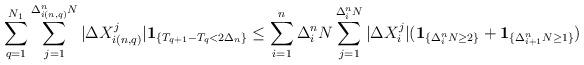
LaTeX: \begin{align*}\sum_{q=1}^{N_1} \sum_{j=1}^{\Delta^n_{i\left(n,q\right)}N} |\Delta X^j_{i\left(n,q\right)}| {\bf 1}_{\{T_{q+1}-T_q < 2\Delta_n\}} &\leq \sum_{i=1}^n \Delta_i^n N \sum_{j=1}^{\Delta_i^n N} |\Delta X_i^j| ({\bf 1}_{\{\Delta^n_i N \geq 2\}} + {\bf 1}_{\{\Delta^n_{i+1} N \geq 1\}} )\end{align*}